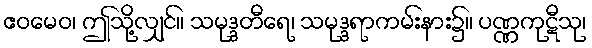
ဧဝမေဝ၊ ဤသို့လျှင်။ သမုဒ္ဒတီရေ၊ သမုဒ္ဒရာကမ်းနား၌။ ပဏ္ဏကုဋီသု၊